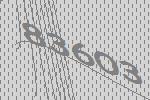
83603